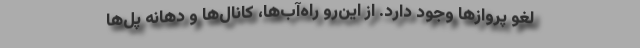
لغو پروازها وجود دارد. از این‌رو راه‌آب‌ها، کانال‌ها و دهانه پل‌ها